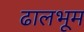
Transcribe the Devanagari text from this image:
ढालभूम